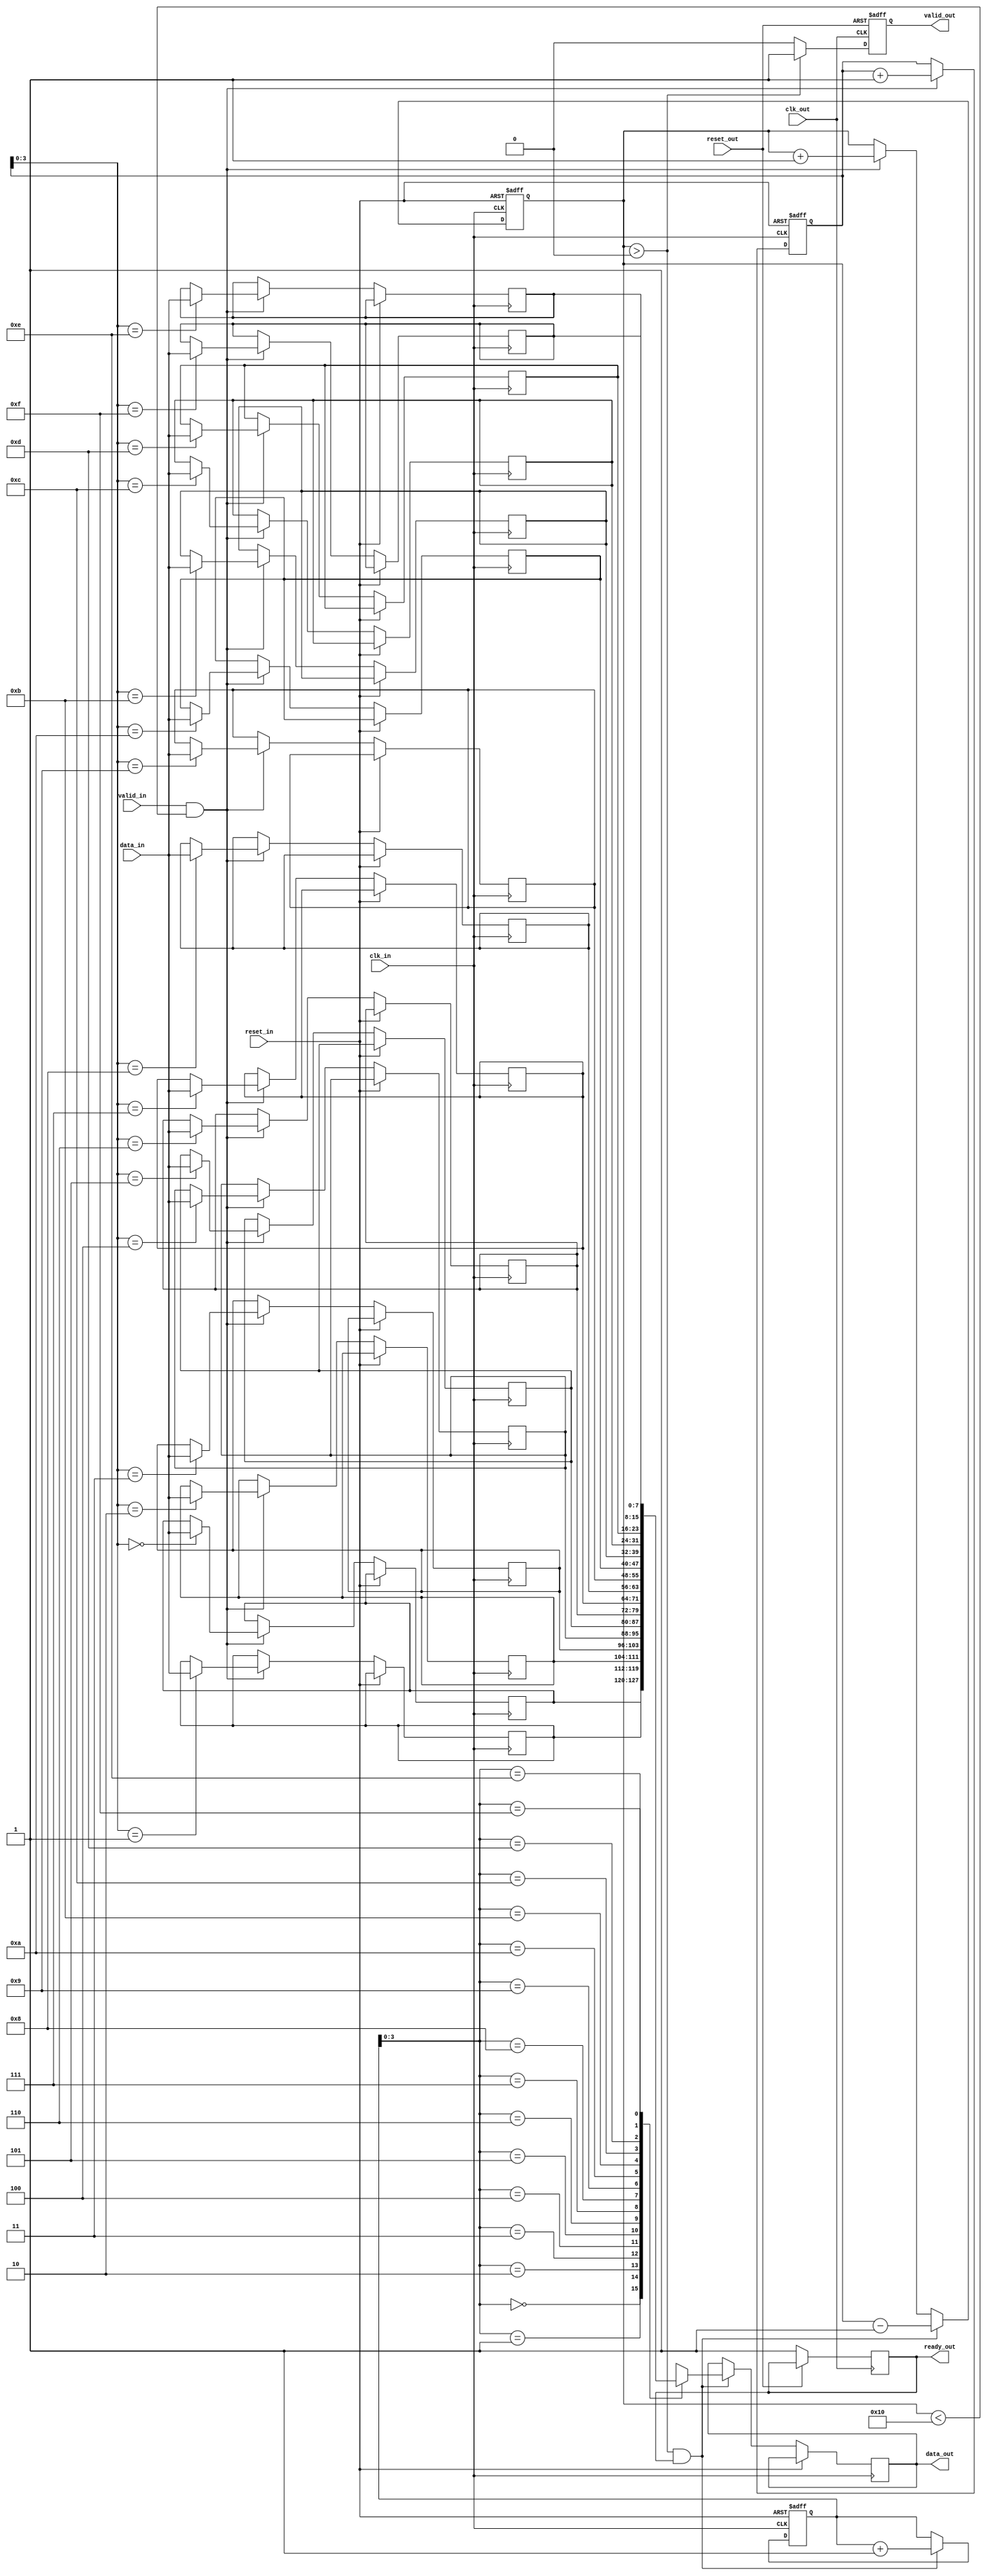
module BurstSynchronizer (
    input wire clk_in,                 // Input clock of domain A
    input wire reset_in,               // Reset signal for domain A
    input wire [DATA_WIDTH-1:0] data_in,  // Input data from domain A
    input wire valid_in,               // Input valid signal from domain A
    
    input wire clk_out,                // Output clock of domain B
    input wire reset_out,              // Reset signal for domain B
    output reg [DATA_WIDTH-1:0] data_out, // Output data to domain B
    output reg valid_out,              // Output valid signal to domain B
    output reg ready_out               // Output ready signal to domain B
);

parameter DATA_WIDTH = 8;
parameter FIFO_DEPTH = 16;

reg [DATA_WIDTH-1:0] fifo [0:FIFO_DEPTH-1];
reg [4:0] head;
reg [4:0] tail;
reg [4:0] count;

always @(posedge clk_in or posedge reset_in) begin
    if (reset_in) begin
        head <= 0;
        tail <= 0;
        count <= 0;
    end else begin
        if (valid_in && (count < FIFO_DEPTH)) begin
            fifo[tail] <= data_in;
            tail <= tail + 1;
            count <= count + 1;
        end
        if (count > 0 && ready_out) begin
            data_out <= fifo[head];
            head <= head + 1;
            count <= count - 1;
        end
    end
end

always @(posedge clk_out or posedge reset_out) begin
    if (reset_out) begin
        valid_out <= 0;
    end else begin
        if (count > 0) begin
            valid_out <= 1;
        end else begin
            valid_out <= 0;
        end
        ready_out <= 1;
    end
end

endmodule